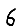
Digit: 6